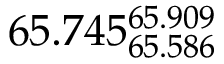
6 5 . 7 4 5 _ { 6 5 . 5 8 6 } ^ { 6 5 . 9 0 9 }